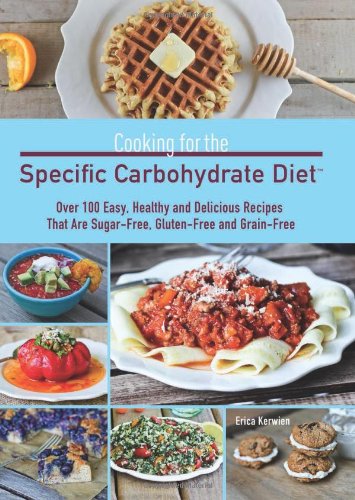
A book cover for Cooking for the Specific Carbohydrate Diet: Over 100 Easy, Healthy, and Delicious Recipes that are Sugar-Free, Gluten-Free, and Grain-Free; Erica Kerwien; Cookbooks, Food & Wine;